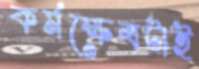
কর্মক্ষেত্রটাই